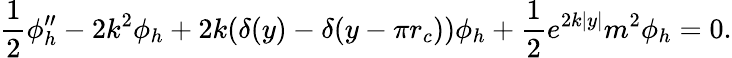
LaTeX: \frac{1}{2}\phi_{h}^{\prime\prime}-2k^{2}\phi_{h}+2k(\delta(y)-\delta(y-\pi r_{c}))\phi_{h}+\frac{1}{2}e^{2k|y|}m^{2}\phi_{h}=0.